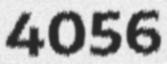
4056